Annual administration report of the Civil Veterinary Department of India - 1896-1897
Year: 1896
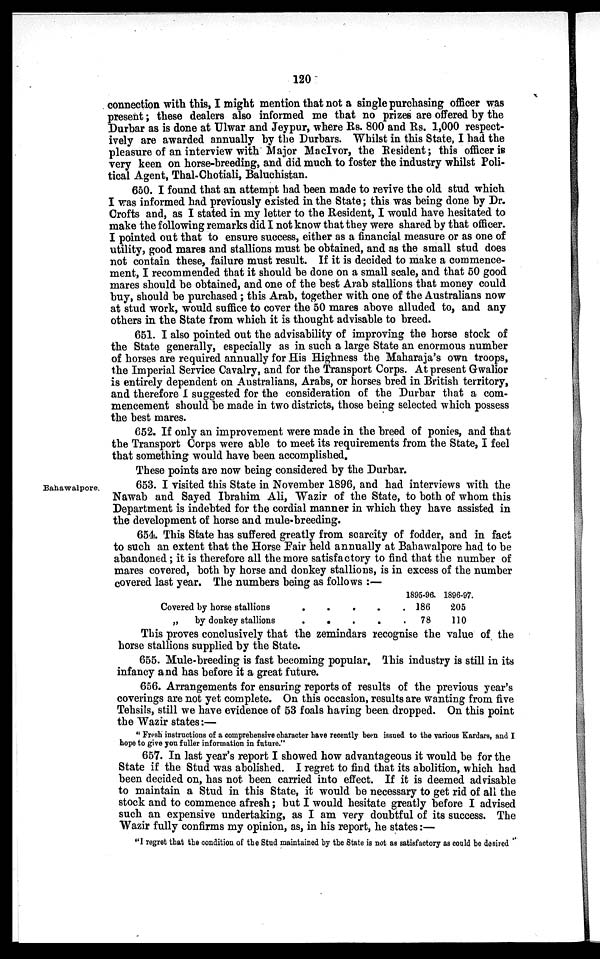
120
connection with this, I might mention that not a single purchasing officer was
present; these dealers also informed me that no prizes are offered by the
Durbar as is done at Ulwar and Jeypur, where Rs. 800 and Rs. 1,000 respect-
ively are awarded annually by the Durbars. Whilst in this State, I had the
pleasure of an interview with Major MacIvor, the Resident; this officer is
very keen on horse-breeding, and did much to foster the industry whilst Poli-
tical Agent, Thal-Chotiali, Baluchistan.
650. I found that an attempt had been made to revive the old stud which
I was informed had previously existed in the State; this was being done by Dr.
Crofts and, as I stated in my letter to the Resident, I would have hesitated to
make the following remarks did I not know that they were shared by that officer.
I pointed out that to ensure success, either as a financial measure or as one of
utility, good mares and stallions must be obtained, and as the small stud does
not contain these, failure must result. If it is decided to make a commence-
ment, I recommended that it should be done on a small scale, and that 50 good
mares should be obtained, and one of the best Arab stallions that money could
buy, should be purchased; this Arab, together with one of the Australians now
at stud work, would suffice to cover the 50 mares above alluded to, and any
others in the State from which it is thought advisable to breed.
651. I also pointed out the advisability of improving the horse stock of
the State generally, especially as in such a large State an enormous number
of horses are required annually for His Highness the Maharaja's own troops,
the Imperial Service Cavalry, and for the Transport Corps. At present Gwalior
is entirely dependent on Australians, Arabs, or horses bred in British territory,
and therefore I suggested for the consideration of the Durbar that a com-
mencement should be made in two districts, those being selected which possess
the best mares.
652. If only an improvement were made in the breed of ponies, and that
the Transport Corps were able to meet its requirements from the State, I feel
that something would have been accomplished.
These points are now being considered by the Durbar.
Bahawalpore.
653. I visited this State in November 1896, and had interviews with the
Nawab and Sayed Ibrahim Ali, Wazir of the State, to both of whom this
Department is indebted for the cordial manner in which they have assisted in
the development of horse and mule-breeding.
654. This State has suffered greatly from scarcity of fodder, and in fact
to such an extent that the Horse Fair held annually at Bahawalpore had to be
abandoned; it is therefore all the more satisfactory to find that the number of
mares covered, both by horse and donkey stallions, is in excess of the number
covered last year. The numbers being as follows :—
Covered by horse stallions
„
by donkey stallions
. .
. .
. .
. .
1895-96.
. 186
.
78
1896-97.
205
110
This proves conclusively that the zemindars recognise the value of the
horse stallions supplied by the State.
655. Mule-breeding is fast becoming popular. This industry is still in its
infancy and has before it a great future.
656. Arrangements for ensuring reports of results of the previous year's
coverings are not yet complete. On this occasion, results are wanting from five
Tehsils, still we have evidence of 53 foals having been dropped. On this point
the Wazir states:—
" Fresh instructions of a comprehensive character have recently been issued to the various Kardars, and I
hope to give you fuller information in future."
657. In last year's report I showed how advantageous it would be for the
State if the Stud was abolished. I regret to find that its abolition, which had
been decided on, has not been carried into effect. If it is deemed advisable
to maintain a Stud in this State, it would be necessary to get rid of all the
stock and to commence afresh; but I would hesitate greatly before I advised
such an expensive undertaking, as I am very doubtful of its success. The
Wazir fully confirms my opinion, as, in his report, he states:—
"I regret that the condition of the Stud maintained by the State is not as satisfactory as could be desired"